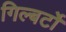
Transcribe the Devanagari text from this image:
गिल्बर्टो